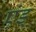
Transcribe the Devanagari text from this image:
एंड्